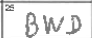
Transcription: BWD